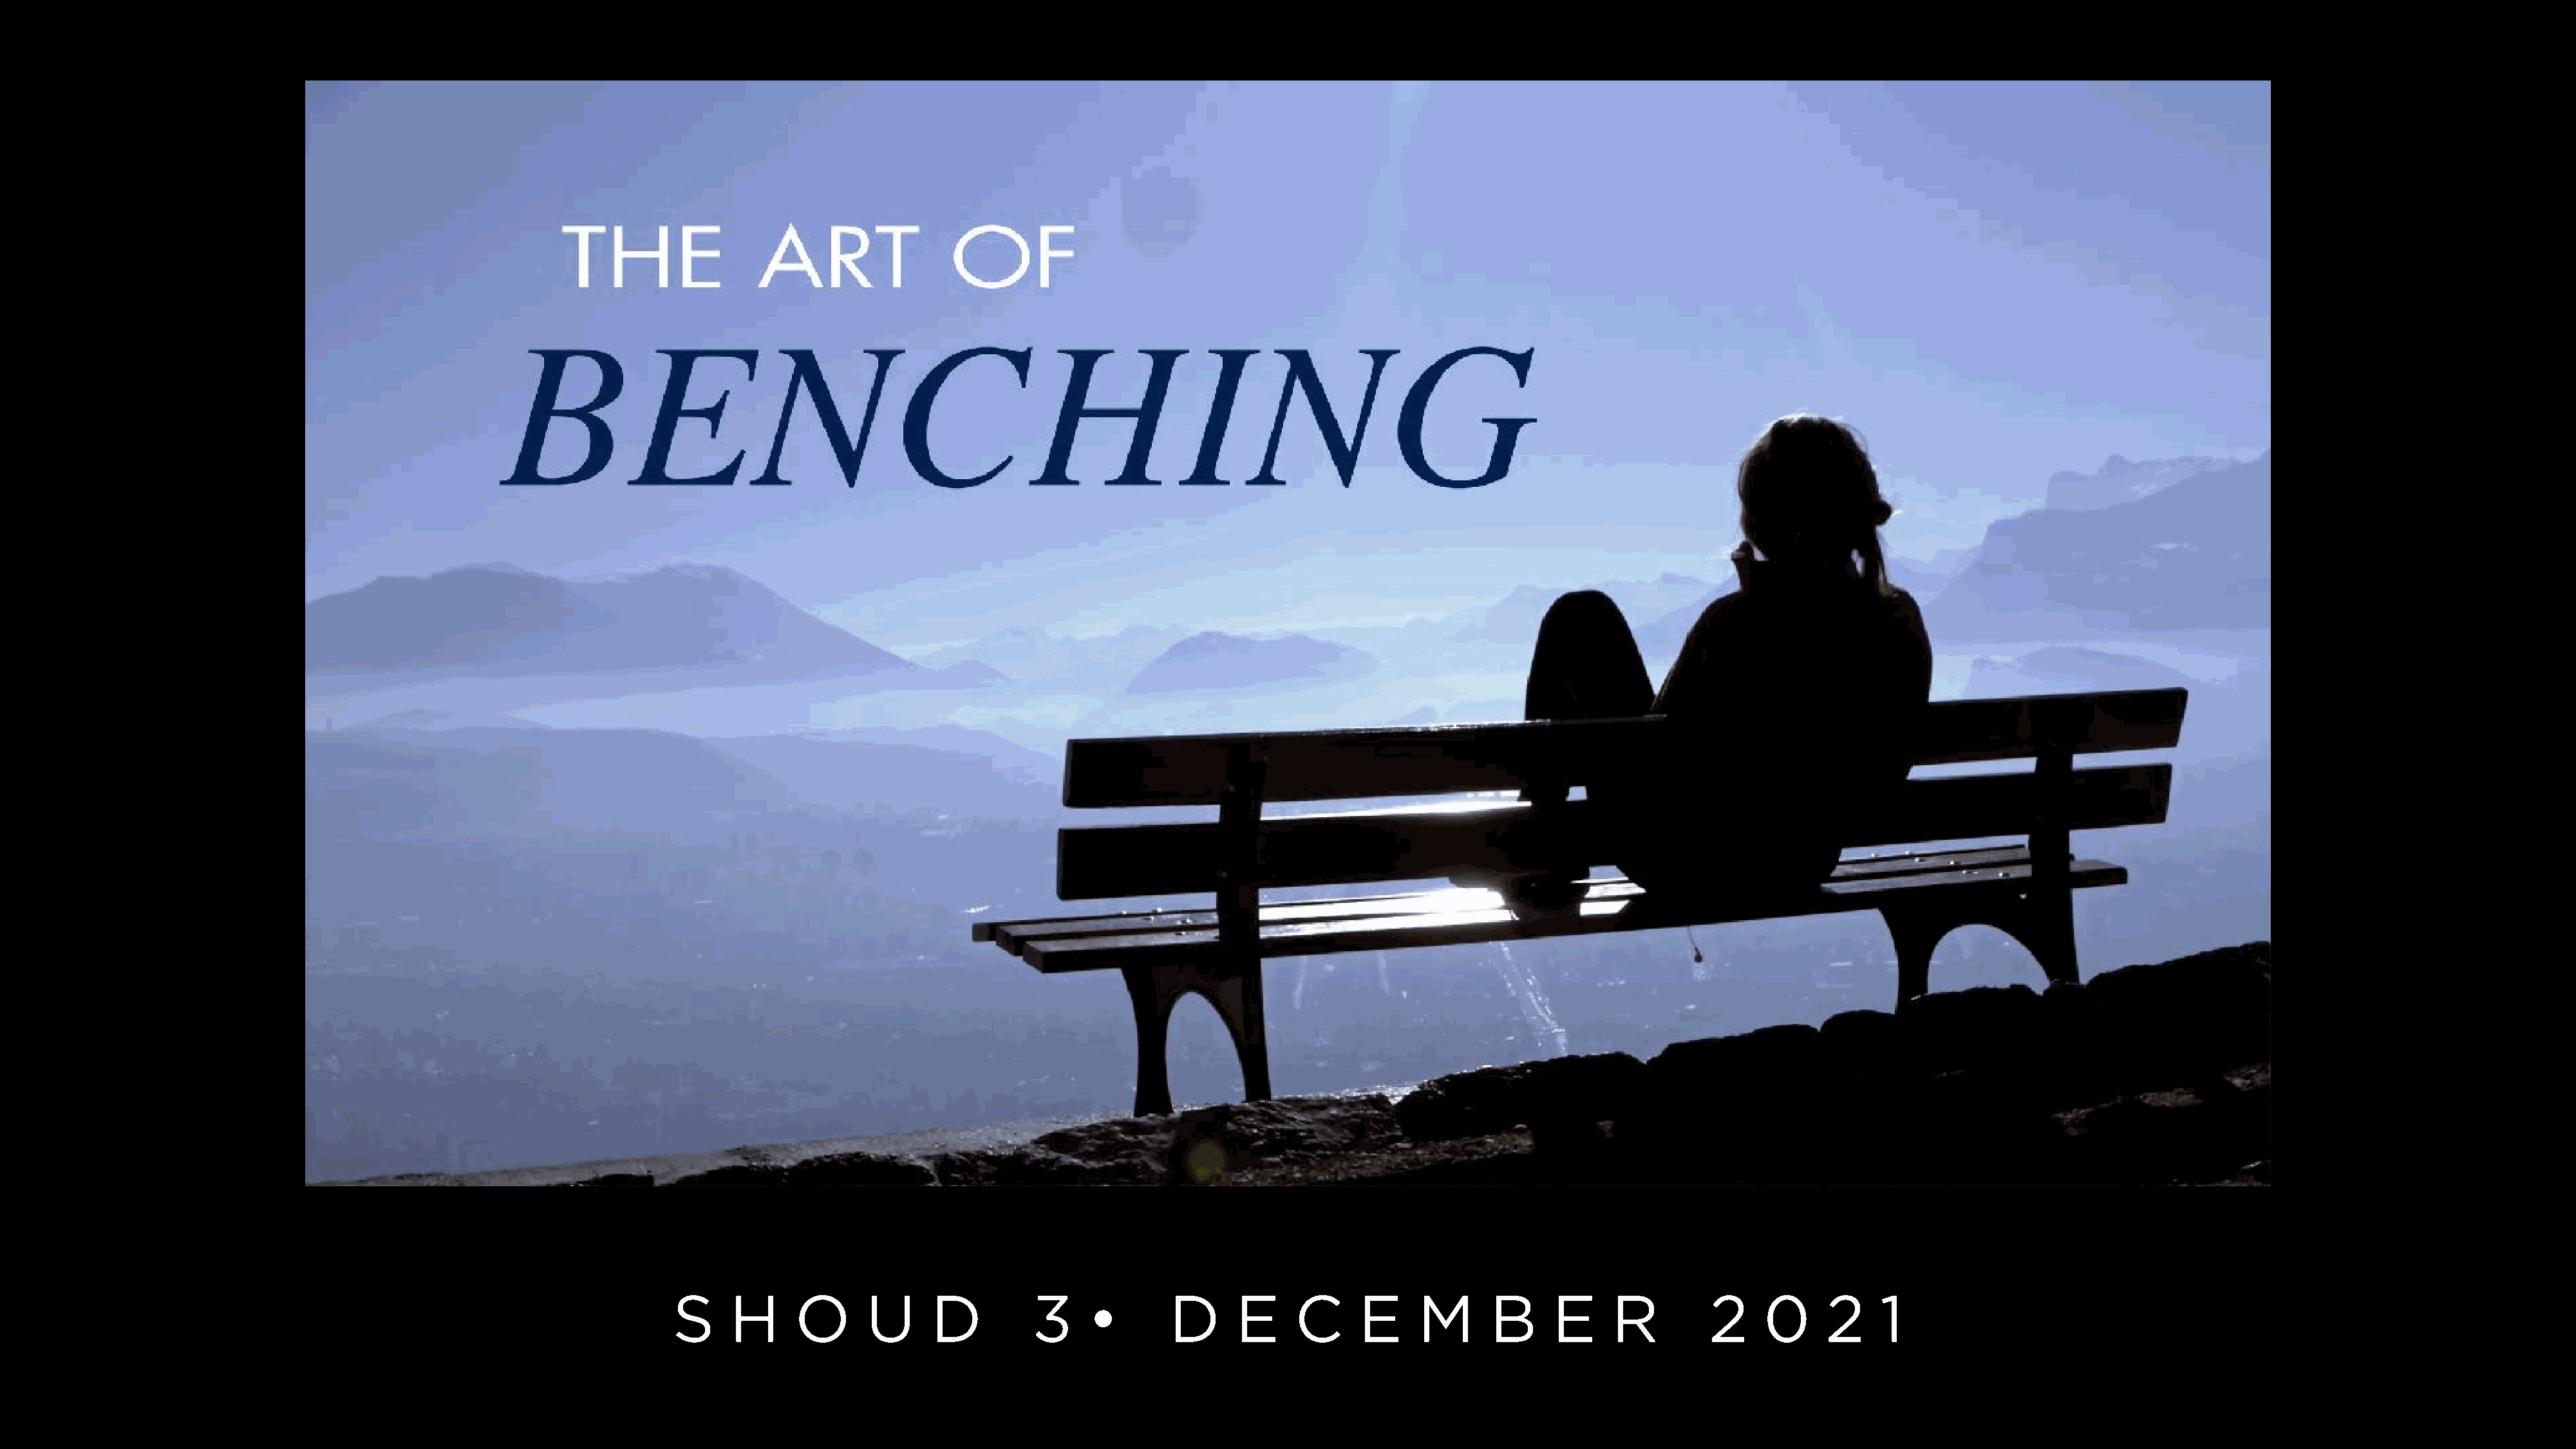
S     H      O      U      D         3     •       D      E     C      E     M      B      E     R         2    0      2    1